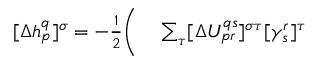
\begin{array} { r l } { [ \Delta h _ { p } ^ { q } ] ^ { \sigma } = - \frac { 1 } { 2 } \bigg ( } & { { } \sum _ { \tau } [ \Delta U _ { p r } ^ { q s } ] ^ { \sigma \tau } [ \gamma _ { s } ^ { r } ] ^ { \tau } } \end{array}